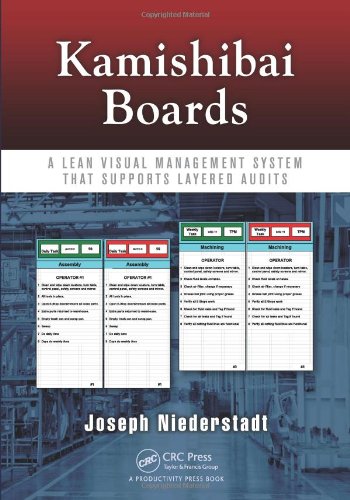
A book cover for Kamishibai Boards: A Lean Visual Management System That Supports Layered Audits; Joseph Niederstadt; Business & Money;